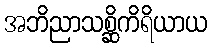
အဘိညာသစ္ဆိကိရိယာယ